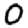
Digit: 0